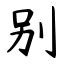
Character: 别